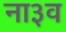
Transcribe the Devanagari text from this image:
ना३व